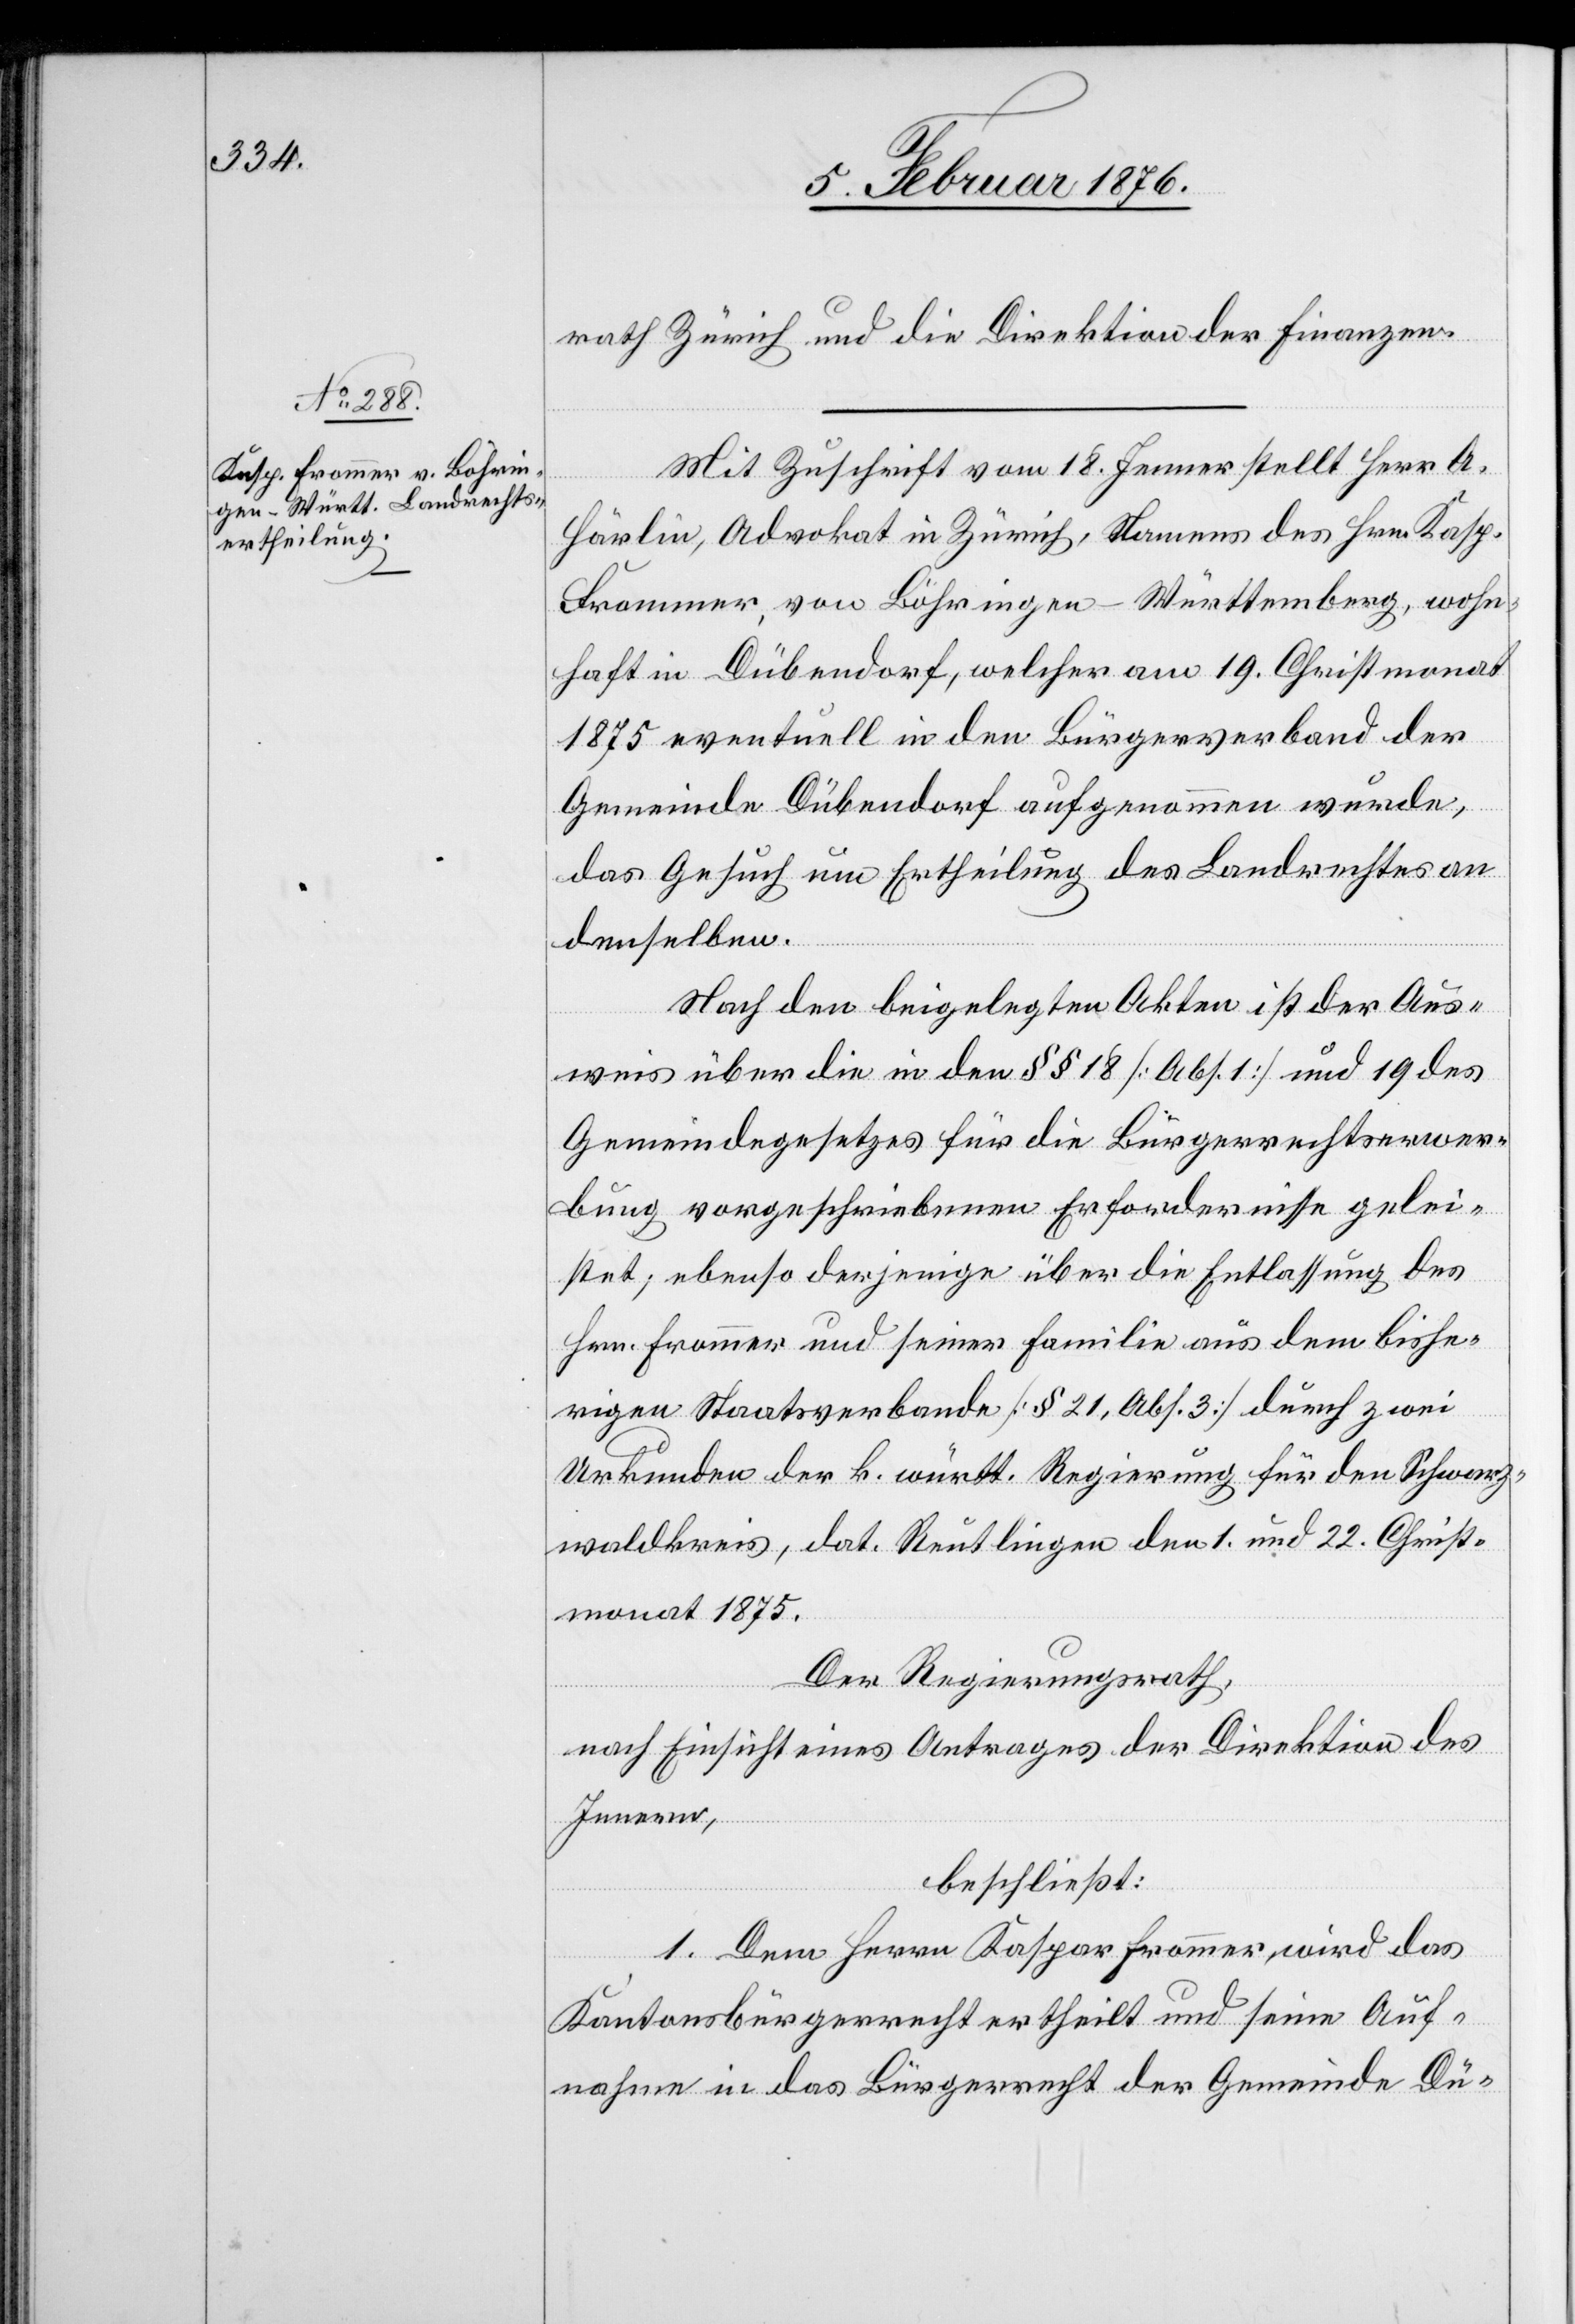
Mit Zuschrift vom 18. Jenner stellt Herr A.
Härlin, Advokat in Zürich, Namens des Kasp.
Frommer, von Bohringen - Württemberg, wohn¬
haft in Dübendorf, welcher am 19. Christmonat
1875 eventuell in den Bürgerverband der
Gemeinde Dübendorf aufgenommen wurde,
das Gesuch um Ertheilung des Landrechtes an
denselben.
Nach den beigelegten Akten ist der Aus¬
weis über die in den §§ 18 [Abs. 1] und 19 des
Gemeindrathes für die Bürgerrechtserwer¬
bung vorgeschriebenen Erfordernisse gelei¬
stet, ebenso derjenigen über die Entlassung des
Hrn. Frommer und seiner Familie aus dem bishe¬
rigen Staatsverbande [§ 21, Abs. 3] durch zwei
Urkunden der b. württ. Regierung für den Schwarz¬
waldkreis, dat. Reutlingen den 1. und 22. Christ¬
monat 1875.
Der Regierungsrath,
nach Einsicht eines Antrages der Direktion des
Innern,
beschließt:
1. Dem Herrn Kaspar Frommer wird das
Kantonsbürgerrecht ertheilt und seine Auf¬
nahme in das Bürgerrecht der Gemeinde Dü-